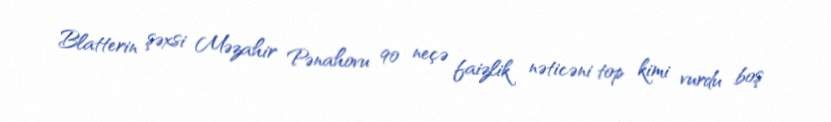
Blatterin şəxsi Məzahir Pənahovu 90 neçə faizlik nəticəni top kimi vurdu boş